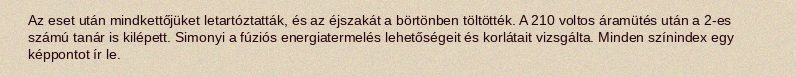
Az eset után mindkettőjüket letartóztatták, és az éjszakát a börtönben töltötték. A 210 voltos áramütés után a 2-es számú tanár is kilépett. Simonyi a fúziós energiatermelés lehetőségeit és korlátait vizsgálta. Minden színindex egy képpontot ír le.